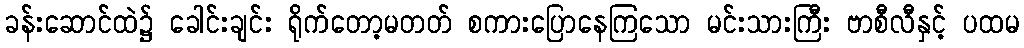
ခန်းဆောင်ထဲ၌ ခေါင်းချင်း ရိုက်တော့မတတ် စကားပြောနေကြသော မင်းသားကြီး ဗာစီလီနှင့် ပထမ